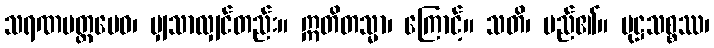
သရဏမတ္တမေဝ၊ မျှသာလျှင်တည်း။ ဣတိတသ္မာ၊ ကြောင့်။ သတိ၊ မည်၏။ မုဋ္ဌသစ္စဿ၊